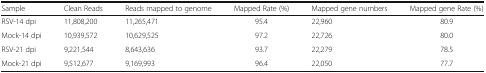
| Sample | Clean Reads | Reads mapped to genome | Mapped Rate (%) | Mapped gene numbers | Mapped gene Rate (%) |
 | --- | --- | --- | --- | --- | --- |
 | RSV-14 dpi | 11,808,200 | 11,265,471 | 95.4 | 22,960 | 80.9 |
 | Mock-14 dpi | 10,939,572 | 10,629,525 | 97.2 | 22,726 | 80.0 |
 | RSV-21 dpi | 9,221,544 | 8,643,636 | 93.7 | 22,279 | 78.5 |
 | Mock-21 dpi | 9,512,677 | 9,169,993 | 96.4 | 22,050 | 77.7 |